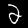
Label: 2